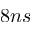
8 n s